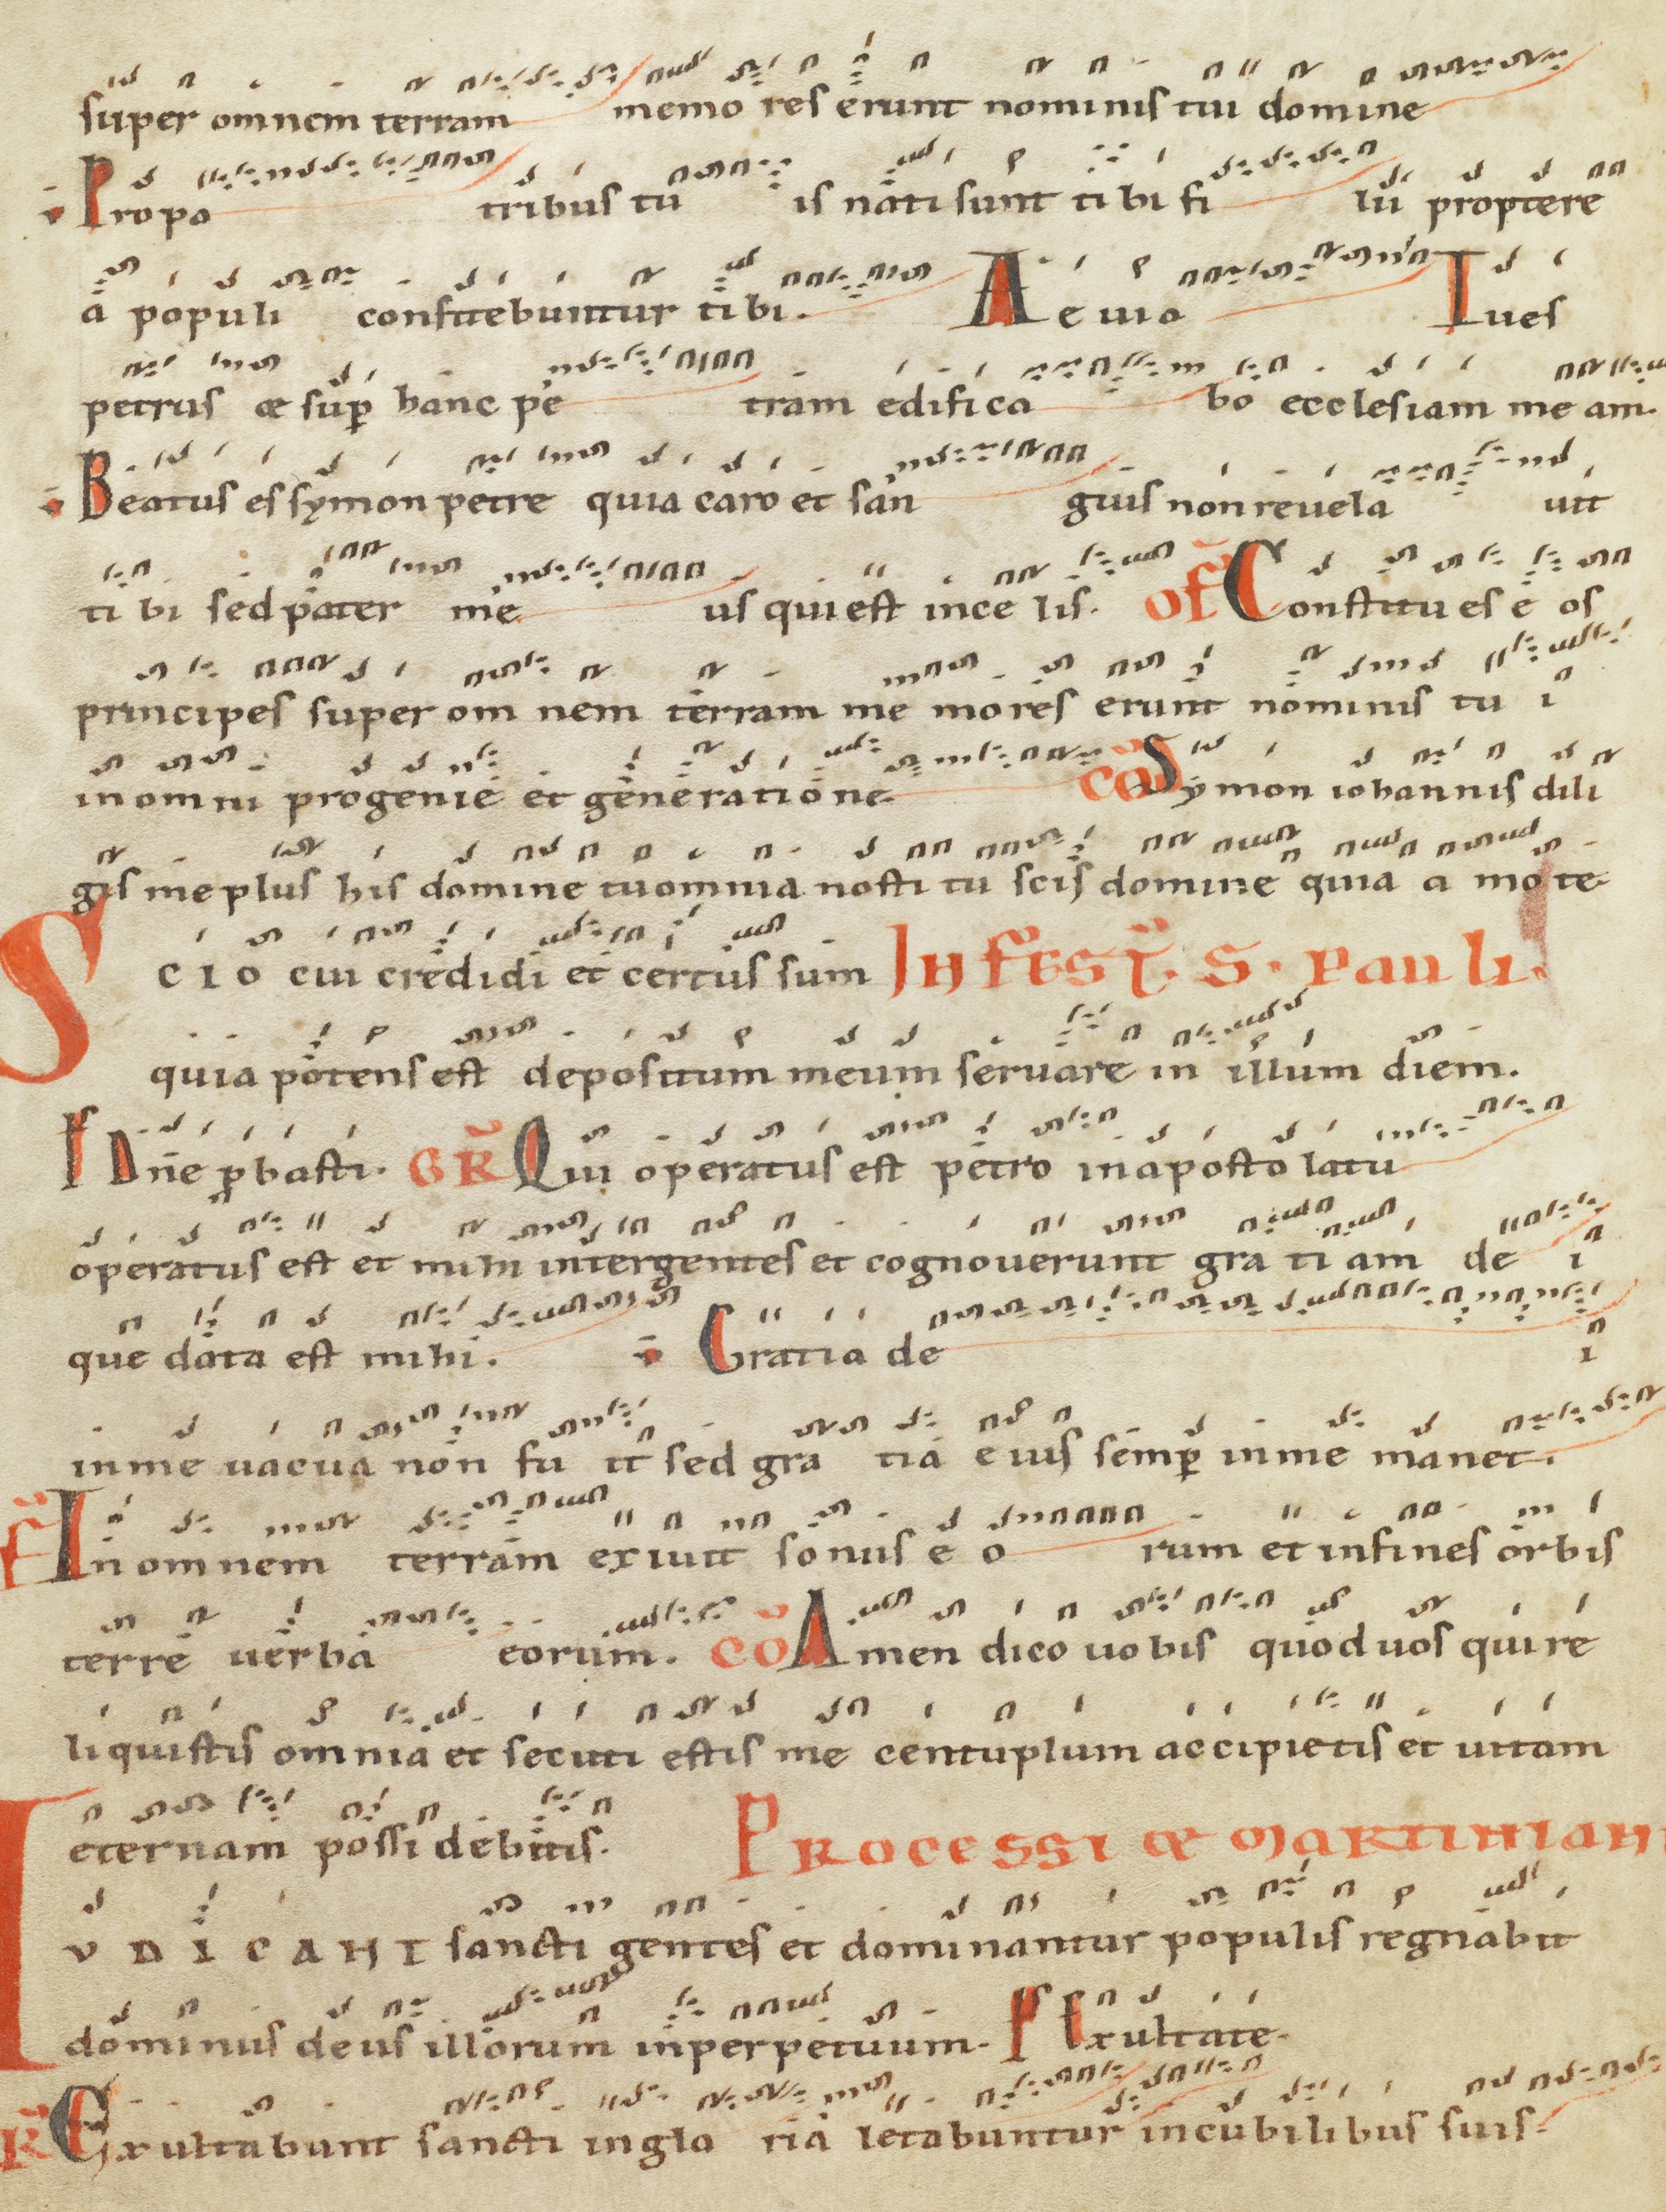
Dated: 1100–1199